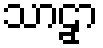
သာဠှာ